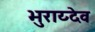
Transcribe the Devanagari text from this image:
भुराय्देव